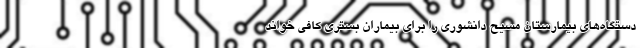
دستگاه‌های بیمارستان مسیح دانشوری را برای بیماران بستری کافی خواند